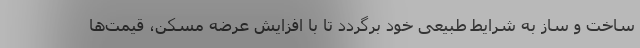
ساخت و ساز به شرایط طبیعی خود برگردد تا با افزایش عرضه مسکن، قیمت‌ها